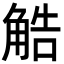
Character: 䚛